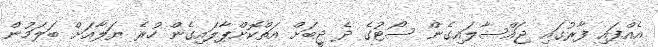
އެއްފައި ފާރުގައި ޖައްސާލައިގެން ސޯޓުގެ ދެ ޖީބަށް އަތްކޮށްޕާލައިގެން ހުރެ ޔަލާއަށް ބަލަމުން